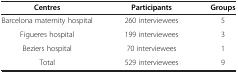
| Centres | Participants | Groups |
 | --- | --- | --- |
 | Barcelona maternity hospital | 260 interviewees | 5 |
 | Figueres hospital | 199 interviewees | 3 |
 | Beziers hospital | 70 interviewees | 1 |
 | Total | 529 interviewees | 9 |